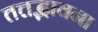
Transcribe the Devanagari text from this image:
तत्तद्भावना